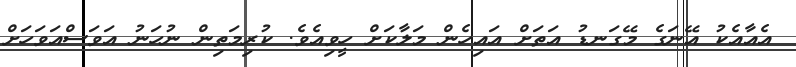
އެއާއެކު އޭނަގެ މޭގަނޑު އަތަށް އައިހެން މަލާކަށް ހީވިއެވެ. ކުރިމަތިން ނުހަނު އަވަސްއަވަހަށް